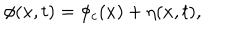
LaTeX: \phi ( x , t ) = \phi _ { c } ( x ) + \eta ( x , t ) ,